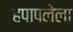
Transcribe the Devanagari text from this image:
हपापलेला